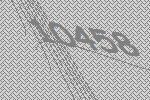
10458